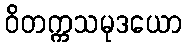
ဝိတက္ကသမုဒယော